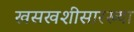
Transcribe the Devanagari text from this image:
खसखशीसारख्या